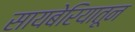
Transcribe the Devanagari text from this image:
सायबेरियातून